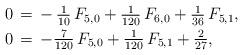
LaTeX: \begin{align*}\aligned0&\,=\,-\,\tfrac{1}{10}\,F_{5,0}+\tfrac{1}{120}\,F_{6,0}+\tfrac{1}{36}\,F_{5,1},\\0&\,=\,-\tfrac{7}{120}\,F_{5,0}+\tfrac{1}{120}\,F_{5,1}+\tfrac{2}{27},\endaligned\end{align*}